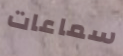
سماعات